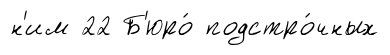
н'им 22 Б'юро́ подстро́чных